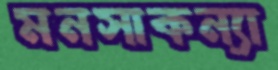
মনসাকন্যা